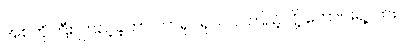
အစ်ကိုကြီး ကြည့်ခဲ့တာ ဘာရုပ်ရုပ်လဲ၊ ကြည့်လို့ ကောင်းရဲ့လား။